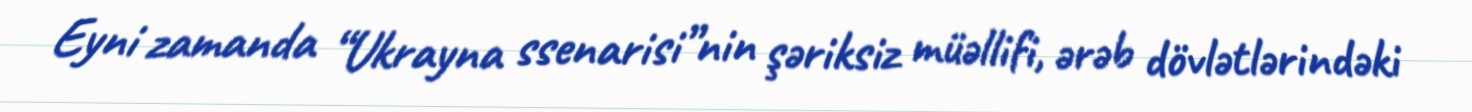
Eyni zamanda “Ukrayna ssenarisi”nin şəriksiz müəllifi, ərəb dövlətlərindəki